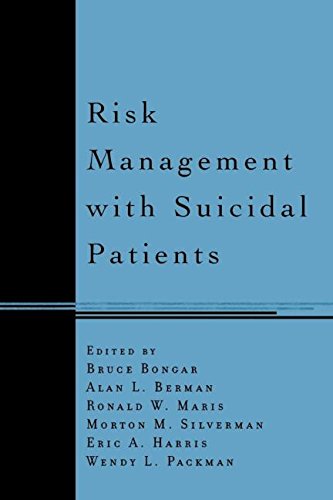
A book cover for Risk Management with Suicidal Patients; Law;